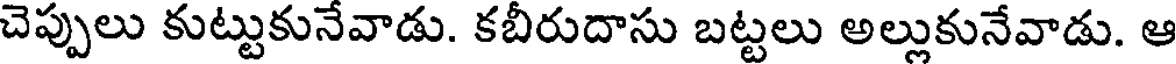
చెప్పులు కుట్టుకునేవాడు. కబీరుదాసు బట్టలు అల్లుకునేవాడు. ఆ